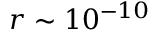
r \sim 1 0 ^ { - 1 0 }